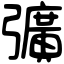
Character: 彍